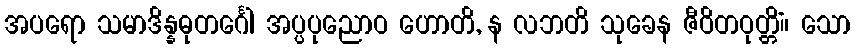
အပရော သမာဒိန္နဓုတင်္ဂေါ အပ္ပပုညောဝ ဟောတိ, န လဘတိ သုခေန ဇီဝိတဝုတ္တိံ။ သော